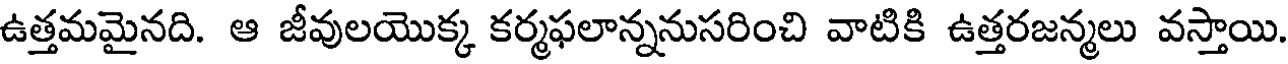
ఉత్తమమైనది. ఆ జీవులయొక్క కర్మఫలాన్ననుసరించి వాటికి ఉత్తరజన్మలు వస్తాయి